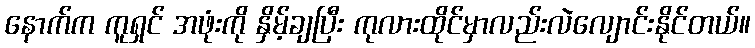
နောက်က ကူရှင် အဖုံးကို နှိမ့်ချပြီး ကုလားထိုင်မှာလည်းလဲလျောင်းနိုင်တယ်။